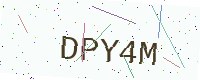
Text: DPY4M